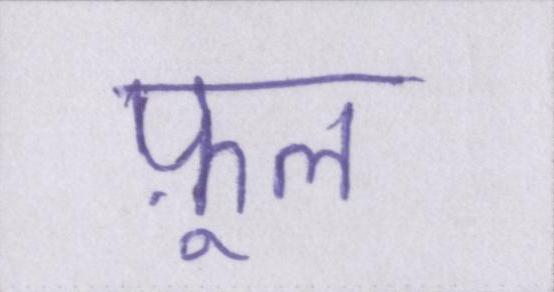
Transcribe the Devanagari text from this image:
फ़ूल